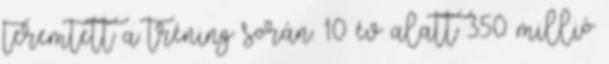
teremtett a tréning során. 10 év alatt 350 millió